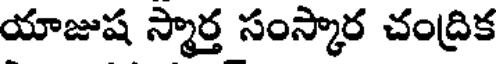
యాజుష స్మార్త సంస్కార చంద్రిక